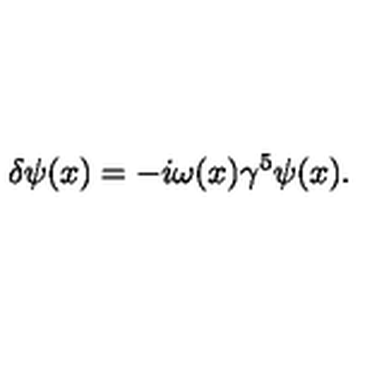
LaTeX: \delta \psi ( x ) = - i \omega ( x ) \gamma ^ { 5 } \psi ( x ) .